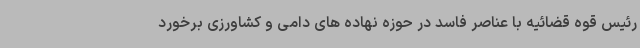
رئیس قوه قضائیه با عناصر فاسد در حوزه نهاده های دامی و کشاورزی برخورد